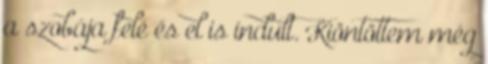
a szobája felé és el is indult. Kiöntöttem még